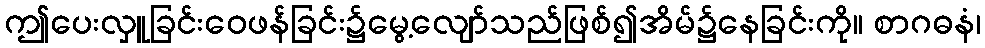
ဤပေးလှူခြင်းဝေဖန်ခြင်း၌မွေ့လျော်သည်ဖြစ်၍အိမ်၌နေခြင်းကို။ စာဂဓနံ၊